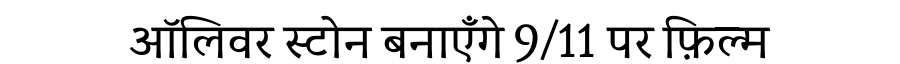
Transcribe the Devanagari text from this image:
ऑलिवर स्टोन बनाएँगे 9/11 पर फ़िल्म